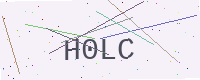
Text: H0LC